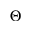
\Theta